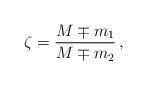
LaTeX: \begin{align*}\zeta=\frac{M \mp m_1}{M \mp m_2}\,,\end{align*}